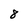
Character: 8